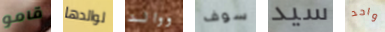
قامو لوالدها ووالد سوف سيد واحد